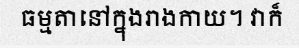
ធម្មតានៅក្នុងរាងកាយ។ វាក៏